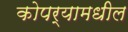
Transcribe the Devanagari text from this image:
कोपर्‍यामधील